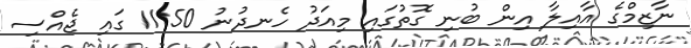
ނާޒިމްގެ އާއިލާ އިން ބުނި ގޮތުގައި މިއަދު ހެނދުނު 11:50 ގައި ޖެއްސި